Lunatic asylums Madras 1892-1911 - 1892-1911
Year: 1892
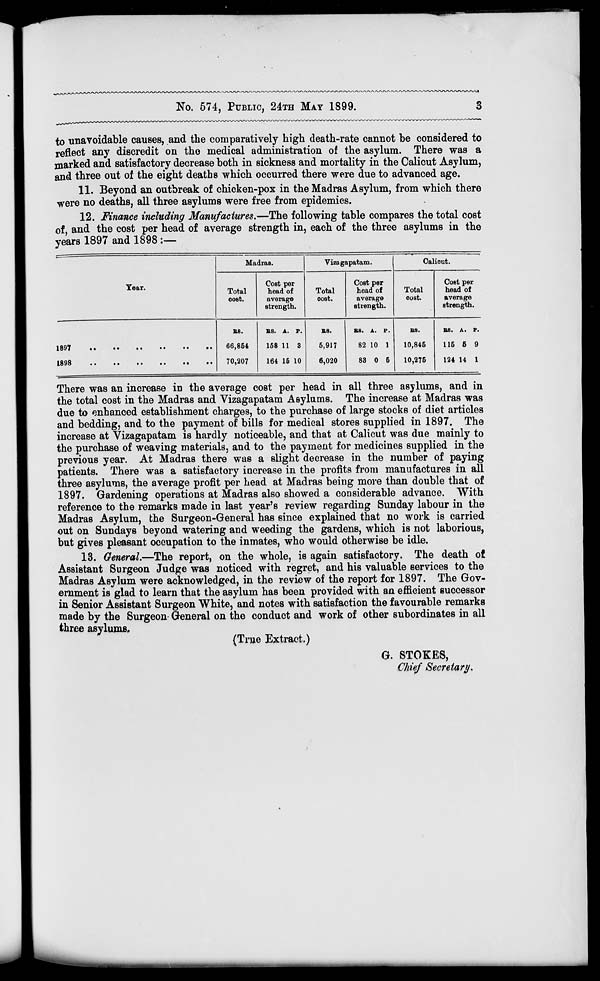
No. 574, PUBLIC, 24TH MAY 1899.
to unavoidable causes, and the comparatively high death-rate cannot be considered to
reflect any discredit on the medical administration of the asylum. There was a
marked and satisfactory decrease both in sickness and mortality in the Calicut Asylum,
and three out of the eight deaths which occurred there were due to advanced age.
11. Beyond an outbreak of chicken-pox in the Madras Asylum, from which there
were no deaths, all three asylums were free from epidemics.
12. Finance including Manufactures.—The following table compares the total cost
of, and the cost per head of average strength in, each of the three asylums in the
years 1897 and 1898 :—
Madras.
Vizagapatam.
Galiout.
Tear.
Total
Cost per
head of
Total
CoBt per
head of
Total
Cost per
head of
cost.
average
strength.
cost.
average
strength.
cost.
average
strength.
M.
as. A. p.
as.
KB. A. P.
B8.
as. A. P.
66,851
158 11 3
5,917
82 10 1
10,845
115 6 9
70,207
164 15 10
6,020
83 0 5
10,275
124 14 1
There was an increase in the average cost per head in all three asylums, and in
the total cost in the Madras and Yizagapatam Asylums. The increase at Madras was
due to enhanced establishment charges, to the purchase of large stocks of diet articles
and bedding, and to the payment of bills for medical stores supplied in 1897. The
increase at Vizagapatam is hardly noticeable, and that at Calicut was due mainly to
the purchase of weaving materials, and to the payment for medicines supplied in the
previous year. At Madras there was a slight decrease in the number of paying
patients. There was a satisfactory increase in the profits from manufactures in all
three asylums, the average profit per head at Madras being move than double that of
1897. Gardening operations at Madras also showed a considerable advance. With
reference to the remarks made in last year's review regarding Sunday labour in the
Madras Asylum, the Surgeon-General has since explained that no work is carried
out on Sundays beyond watering and weeding the gardens, which is not laborious,
but gives pleasant occupation to the inmates, who would otherwise be idle.
13. General.—The report, on the whole, is again satisfactory. The death of
Assistant Surgeon Judge was noticed with regret, and his valuable services to the
Madras Asylum were acknowledged, in the review of the report for 1897. The Gov-
ernment is glad to learn that the asylum has been provided with an efficient successor
in Senior Assistant Surgeon White, and notes with satisfaction the favourable remarks
made by the Surgeon General on the conduct and work of other subordinates in all
three asylums.
(True Extract.)
G. STOKES,
Chief Secretary.